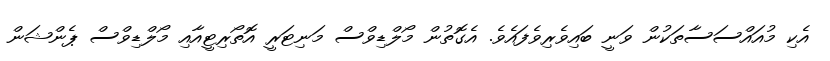
އެކި މުއައްސަސާތަކުން ވަނީ ބައިވެރިވެފައެވެ. އެގޮތުން މޯލްޑިވްސް މަނިޓަރީ އޮތޯރިޓީއާއި މޯލްޑިވްސް ޕެންޝަން